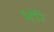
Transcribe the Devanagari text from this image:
भोंरे